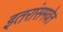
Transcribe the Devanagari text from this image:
इतरांसमवेत